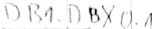
Text: DB1.DBX0.1